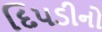
દિપડીનો